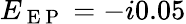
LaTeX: E_{\mathrm{~E~P~}}=-i0.05